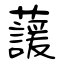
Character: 蘐